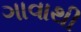
ગાવાથી